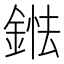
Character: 𨨤